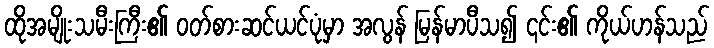
ထိုအမျိုးသမီးကြီး၏ ဝတ်စားဆင်ယင်ပုံမှာ အလွန် မြန်မာပီသ၍ ၎င်း၏ ကိုယ်ဟန်သည်